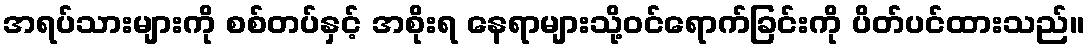
အရပ်သားများကို စစ်တပ်နှင့် အစိုးရ နေရာများသို့ဝင်ရောက်ခြင်းကို ပိတ်ပင်ထားသည်။